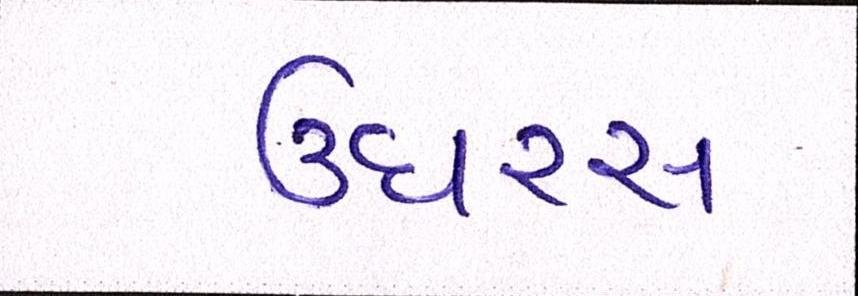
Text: ઉઘરસ